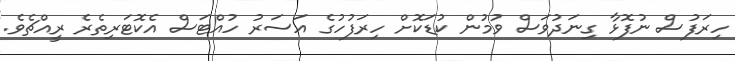
ހިރަފުސް ނުފޮޅާ ގިނަދުވަސް ވުމުން ކުޑަކޮށް ހިރަފުހުގެ އަސަރު ހުއްޓަސް އެކޮޓަރިތެރެ ރީއްޗެވެ.